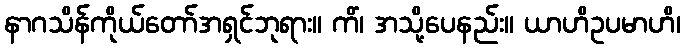
နာဂသိန်ကိုယ်တော်အရှင်ဘုရား။ ကိံ၊ အသို့ပေနည်း။ ယာဟိဥပမာဟိ၊